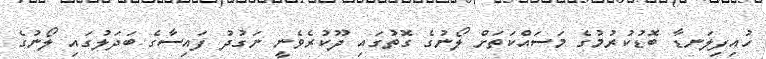
ހުއިފިލަނޑާ ބޮޑުކުރުމުގެ މަސައްކަތަށް ލޯނުގެ ގޮތުގައި ދޫކުރެވެނީ ނަގުދު ފައިސާގެ ބަދަލުގައި ލޯނުގެ